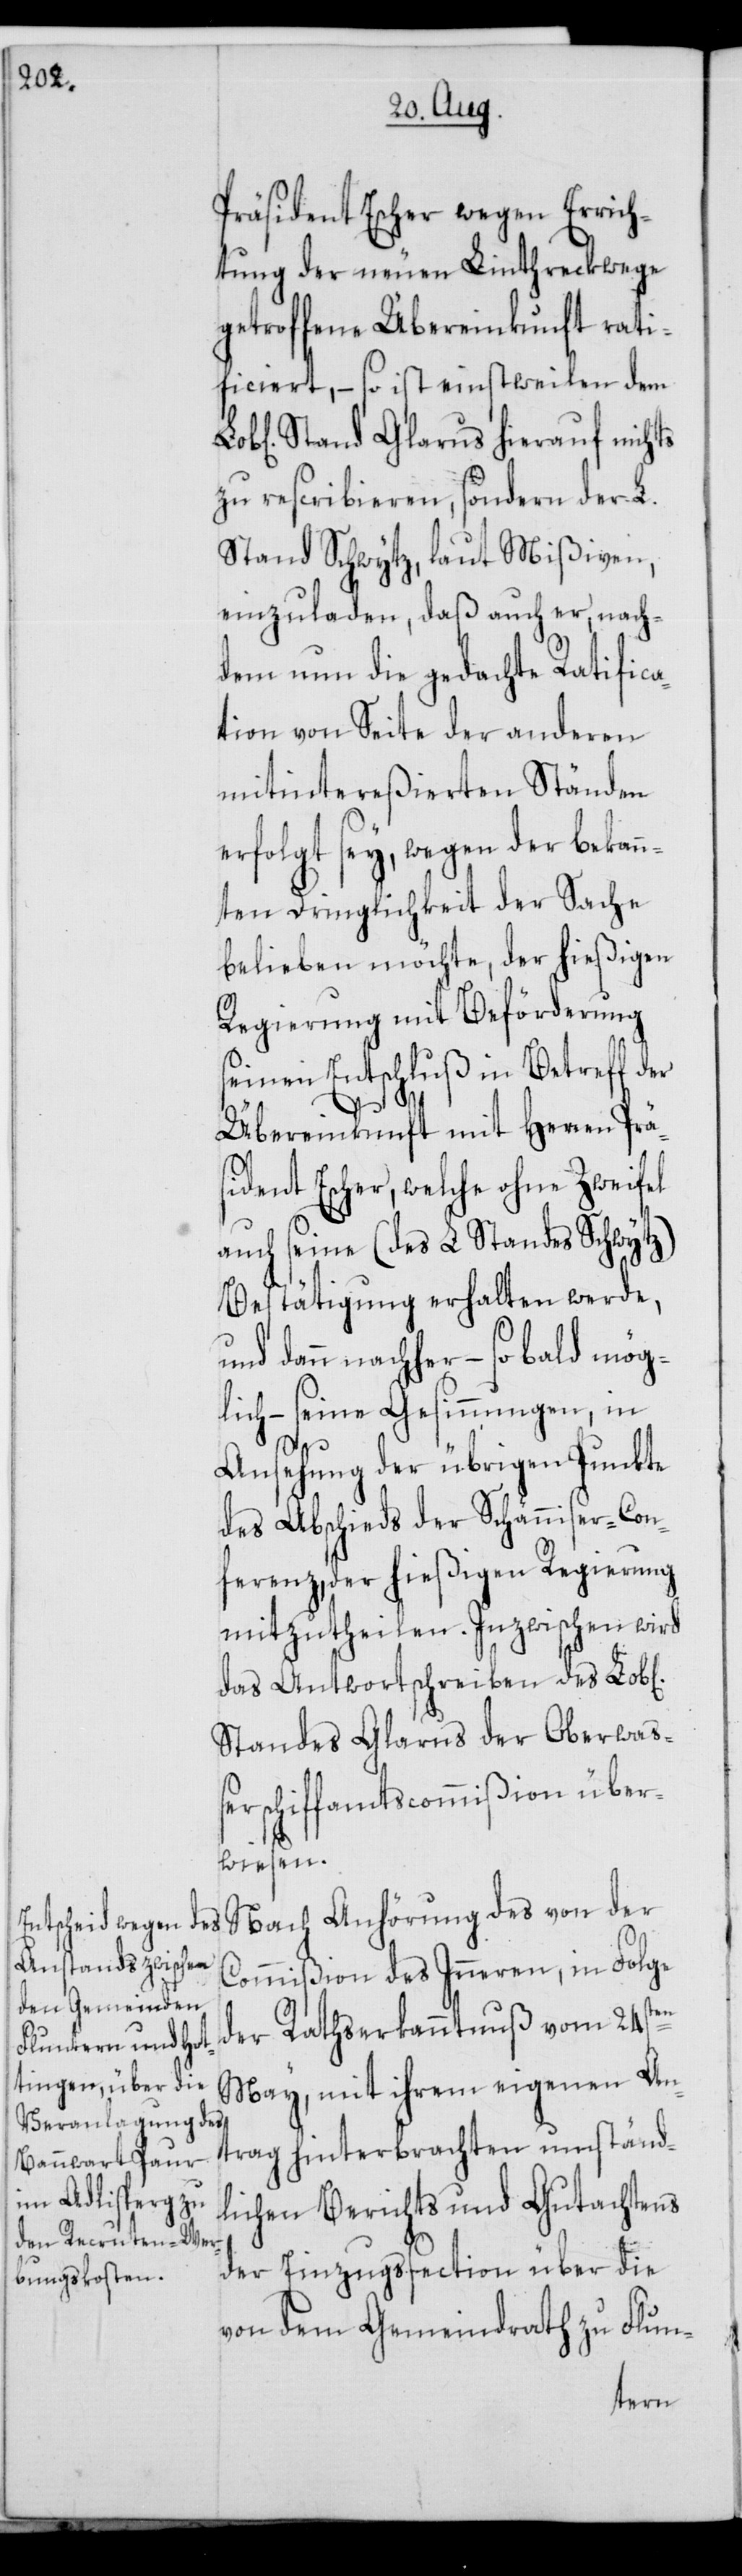
chen]

Präsident Escher wegen Errich¬
tung der neuen Linthreckwege
getroffene Übereinkunft rati¬
ficiert, – so ist einstweilen dem
Stand Glarus hierauf nichts
zu rescribieren, sondern der L.
Stand Schwytz, laut Mißiven,
einzuladen, daß auch er, nach¬
dem nun die gedachte Ratifica¬
tion von Seite der anderen
mitintereßierten Ständen
erfolgt sey, wegen der bekan¬
nten Dringlichkeit der Sache
belieben möchte, der hießigen
Regierung mit Beförderung
seinen Entschluß in Betreff der
Übereinkunft mit Herren Präs¬
ident Escher, welche ohne Zweyfel
auch seine (des L Standes Schwytz)
Bestätigung erhalten werde,
und dann nachher – so bald mög¬
lich – seine Gesinnungen, in
Ansehung der übrigen Punkte
des Abschieds der Schänniser-Con¬
ferenz, der hießigen Regierung
mitzutheilen. Inzwischen wird
das Antwortschreiben des Lob[li¬
Standes Glarus der Oberwaß¬
erschiffamtscommißion über¬
wiesen.
Nach Anhörung des von der
Commißion des Inneren, in Folge
der Rathserkanntnuß vom 24sten
May, mit ihrem eigenen An¬
trag hinterbrachten umständ¬
lichen Berichts und Gutachtens
der Einzugssection über die
von dem Gemeindrath zu Flun-